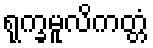
ရုက္ခမူလိကတ္တံ